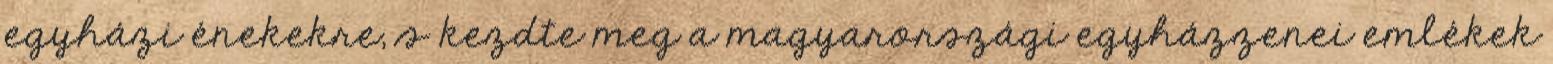
egyházi énekekre, s kezdte meg a magyarországi egyházzenei emlékek